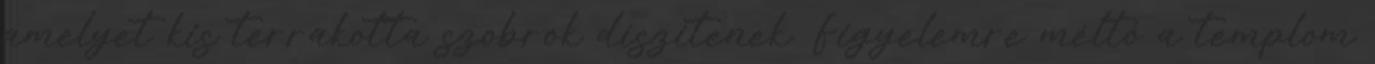
amelyet kis terrakotta szobrok díszítenek. Figyelemre méltó a templom